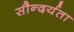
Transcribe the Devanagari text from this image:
सौन्‍दर्यता